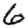
Digit: 6